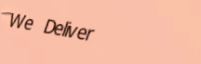
We Deliver